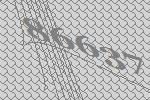
86637